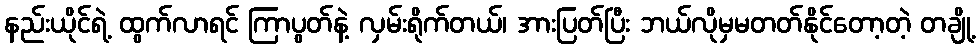
နည်းယိုင်ရဲ့ ထွက်လာရင် ကြာပွတ်နဲ့ လှမ်းရိုက်တယ်၊ အားပြတ်ပြီး ဘယ်လိုမှမတတ်နိုင်တော့တဲ့ တချို့